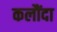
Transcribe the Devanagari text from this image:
कलौंदा